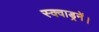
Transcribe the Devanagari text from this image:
स्क्वाड्रनें।